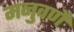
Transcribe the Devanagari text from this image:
मनुवर्णे